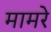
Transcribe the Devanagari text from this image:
मामरे